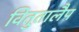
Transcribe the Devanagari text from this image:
वितुतालैप